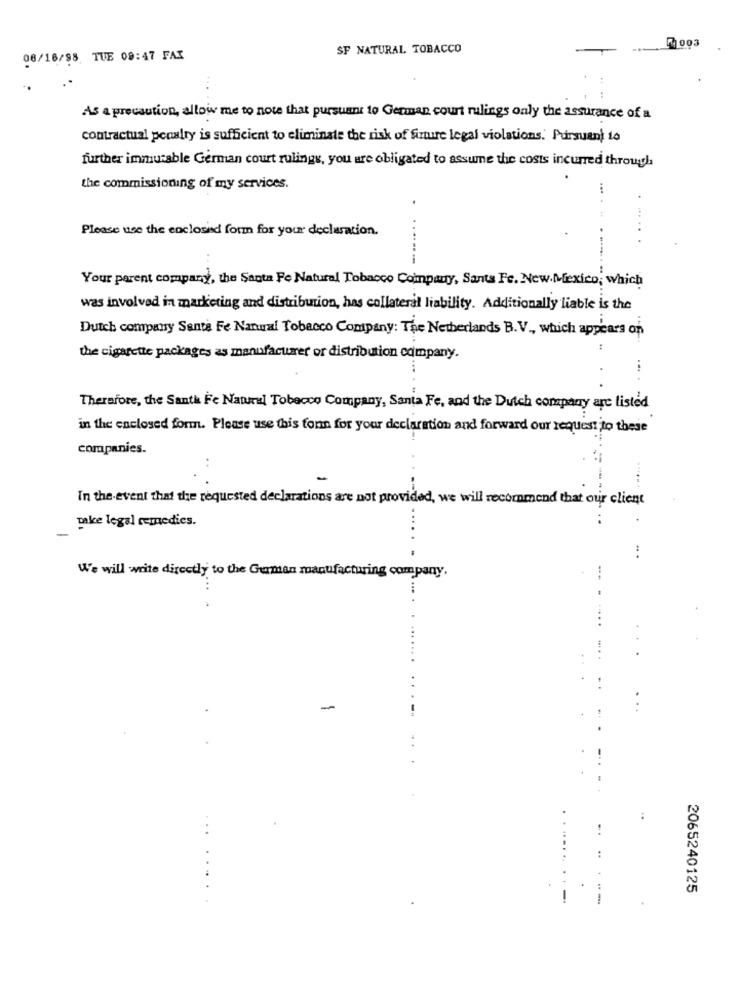
SF NATURAL TOBACCO
003
08/16/98 TUE 08:47 FAI
As a precaution, allow me to note that pursuant to German court rulings only the assurance of a
contractual penalty is sufficient to eliminate the risk of finure legal violations. Pursuant to
further immutable German court rulings, you are obligated to assume the costs incurred through
the commissioning of my services.
Please use the enclosed form for your declaration.
-----
Your parent company, the Santa Fe Natural Tobacco Company, Santa Fe. New Mexico; which
was involved in marketing and distribution, has collateral liability. Additionally liable is the
Dutch company Santa Fe Natural Tobacco Company: The Netherlands B.V ., which appears on
the cigarette packages as manufacturer or distribution company.
Therefore, the Santh Fe Natural Tobacco Company, Santa Fe, and the Dutch company are listed
in the enclosed form. Please use this fonn for your declaration and forward our request to these
companies.
In the event that the requested declarations are not provided, we will recommend that our client
make legal remedies.
We will write directly to the German manufacturing company.
2065240125
-